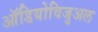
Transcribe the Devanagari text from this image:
ऑडियोविजुअल